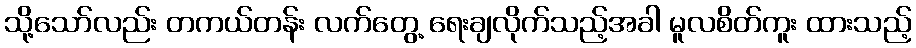
သို့သော်လည်း တကယ်တန်း လက်တွေ့ ရေးချလိုက်သည့်အခါ မူလစိတ်ကူး ထားသည့်